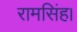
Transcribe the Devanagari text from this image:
रामसिंह।